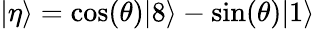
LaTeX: |\eta\rangle=\cos(\theta)|8\rangle-\sin(\theta)|1\rangle